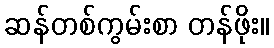
ဆန်တစ်ကွမ်းစာ တန်ဖိုး။